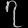
Digit: ၇